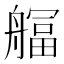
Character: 䒄